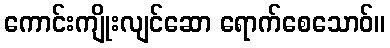
ကောင်းကျိုးလျင်ဆော ရောက်စေသောဝ်။